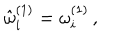
{ \hat { \omega } } _ { i } ^ { ( 1 ) } = \omega _ { i } ^ { ( 1 ) } \, , \, \, \, \, \,